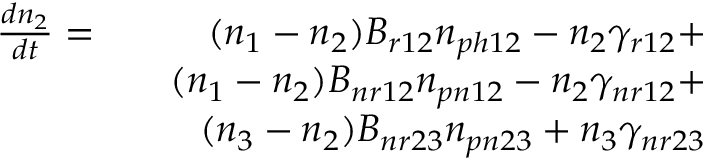
\begin{array} { r l r } { \frac { d n _ { 2 } } { d t } = } & { } & { ( n _ { 1 } - n _ { 2 } ) B _ { r 1 2 } n _ { p h 1 2 } - n _ { 2 } \gamma _ { r 1 2 } + } \\ & { } & { ( n _ { 1 } - n _ { 2 } ) B _ { n r 1 2 } n _ { p n 1 2 } - n _ { 2 } \gamma _ { n r 1 2 } + } \\ & { } & { ( n _ { 3 } - n _ { 2 } ) B _ { n r 2 3 } n _ { p n 2 3 } + n _ { 3 } \gamma _ { n r 2 3 } } \end{array}